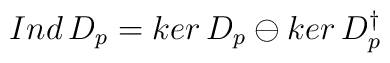
Ind\,D_{p}=ker\,D_{p} \ominus ker\,D_{p}^{\dagger}